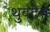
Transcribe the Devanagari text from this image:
थुबटेन